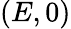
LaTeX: (E,0)